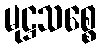
မုဋ္ဌသစ္စေ